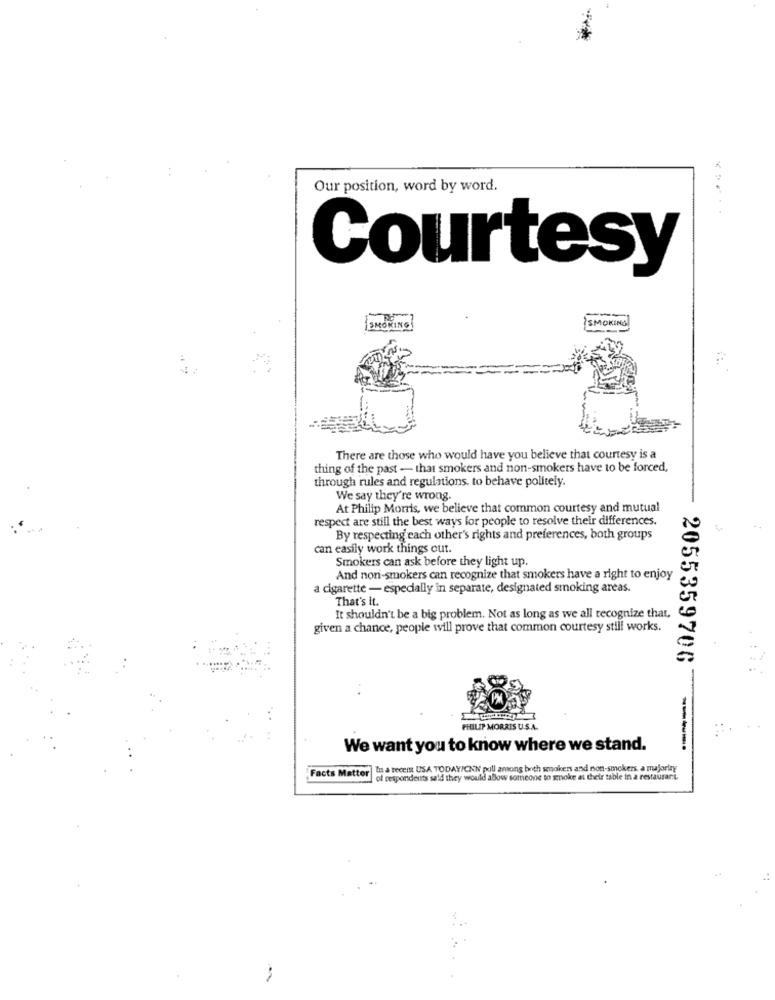
Our position, word by word.
Courtesy
SMOKING
SMOKING
There are those who would have you believe that courtesy is a
thing of the past - that smokers and non-smokers have to be forced,
through rules and regulations. to behave politely.
We say they're wrong.
At Philip Morris, we believe that common courtesy and mutual
respect are still the best ways for people to resolve their differences.
By respecting each other's rights and preferences, both groups
can easily work things out.
Smokers can ask before they light up.
And non-smokers can recognize that smokers have a right to enjoy
a cigarette - especially in separate, designated smoking areas.
That's it.
It shouldn't be a big problem. Not as long as we all recognize that.
given a chance, people will prove that common courtesy still works.
2055359706
PHILIP MORRIS U.S.A.
We want you to know where we stand.
-----
Facts Matter It a recent USA TODAY/CNN pull among both smokers and non-smokers, a majority
of responderits sald they would allow someone to smoke at their table in a restaurant.
-